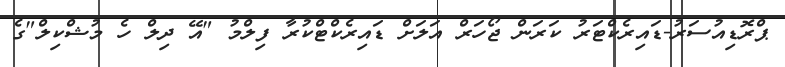
ޕްރޮޑިއުސަރު-ޑައިރެކްޓަރު ކަރަން ޖޯހަރް އަލަށް ޑައިރެކްޓްކުރާ ފިލްމު "އޭ ދިލް ހެ މުޝްކިލް"ގެ